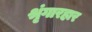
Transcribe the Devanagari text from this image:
श्रृंगारहार